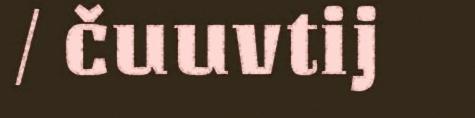
/ čuuvtij